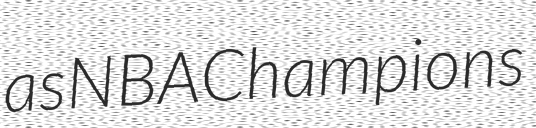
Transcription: as NBA Champions